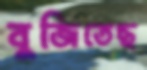
বুজিতেছ